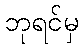
ဘုရင်မှ